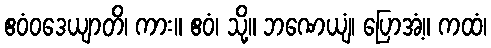
ဧဝံဝဒေယျာတိ၊ ကား။ ဧဝံ၊ သို့။ ဘဏေယျံ၊ ပြောအံ့။ ကထံ၊